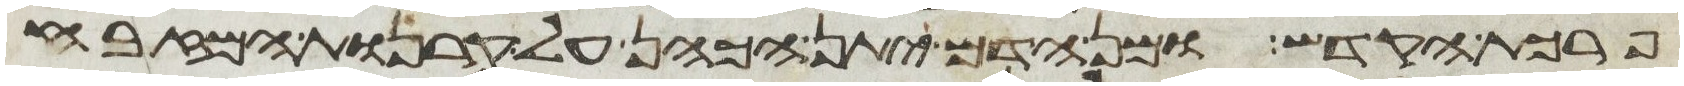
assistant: פרכת הקדש ומן הדם יתן הכהן על קרנות המזבח